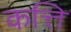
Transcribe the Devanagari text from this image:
कत्ति